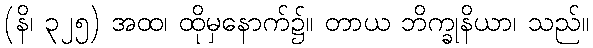
(နိ၊ ၃၂၅) အထ၊ ထိုမှနောက်၌။ တာယ ဘိက္ခုနိယာ၊ သည်။